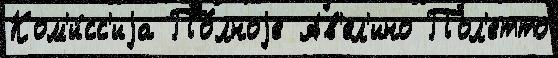
Ком'и́сс'иjа По́лноjе Ав'ел'ино Пол'етто